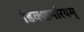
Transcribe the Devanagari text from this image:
डिक्शनरियम्